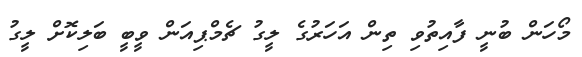
މޯހަން ބުނީ ފާއިތުވި ތިން އަހަރުގެ ލީގު ޗެމްޕިއަން ވީބީ ބަލިކޮށް ލީގު